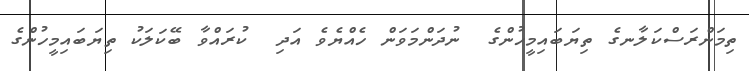
ތިމަންރަސްކަލާނގެ ތިޔަބައިމީހުންގެ  ނުދަންމަވަން ހެއްޔެވެ އަދި  ކުރައްވާ ބޭކަލަކު ތިޔަބައިމީހުންގެ